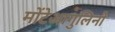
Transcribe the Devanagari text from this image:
मोंटेआगुलिनो